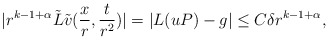
\begin{align*}|r^{k-1+\alpha} \tilde L \tilde v(\frac{x}{r}, \frac{t}{r^2})| =|L(uP)- g| \leq C \delta r^{k-1+\alpha},\end{align*}